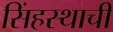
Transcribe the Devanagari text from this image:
सिंहस्थाची